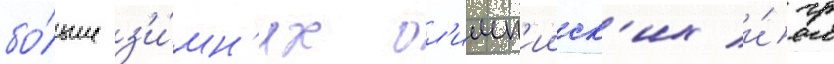
бо́льше з'и́мн'их ол'имп'ииск'их и́гр